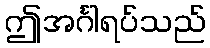
ဤအင်္ဂါရပ်သည်